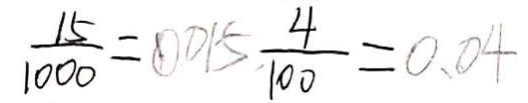
\frac { 1 5 } { 1 0 0 0 } = 0 . 0 1 5 \frac { 4 } { 1 0 0 } = 0 . 0 4